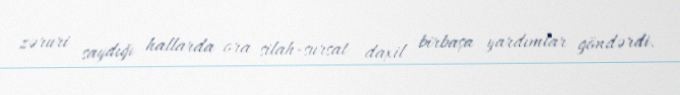
zəruri saydığı hallarda ora silah-sursat daxil birbaşa yardımlar göndərdi.